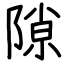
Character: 隙